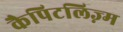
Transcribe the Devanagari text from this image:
कैपिटलिज़्म